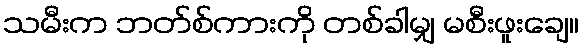
သမီးက ဘတ်စ်ကားကို တစ်ခါမျှ မစီးဖူးချေ။